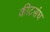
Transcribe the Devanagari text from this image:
कीटसंघ